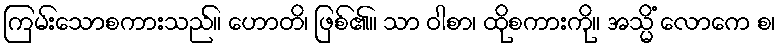
ကြမ်းသောစကားသည်။ ဟောတိ၊ ဖြစ်၏။ သာ ဝါစာ၊ ထိုစကားကို။ အသ္မိံ လောကေ စ၊